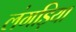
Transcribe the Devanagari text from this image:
लंगड़िया